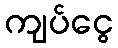
ကျပ်ငွေ